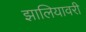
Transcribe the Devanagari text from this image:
झालियावरी